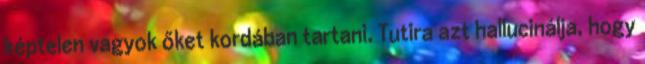
képtelen vagyok őket kordában tartani. Tutira azt hallucinálja, hogy